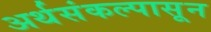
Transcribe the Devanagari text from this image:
अर्थसंकल्पासून